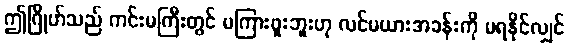
ဤဂြိုဟ်သည် ကင်းမကြီးတွင် မကြားဖူးဘူးဟု လင်မယားအခန်းကို မရနိုင်လျှင်